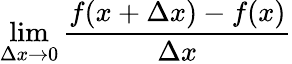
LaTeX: \operatorname*{lim}_{\Delta x\to 0}{\frac{f(x+\Delta x)-f(x)}{\Delta x}}